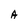
Character: A